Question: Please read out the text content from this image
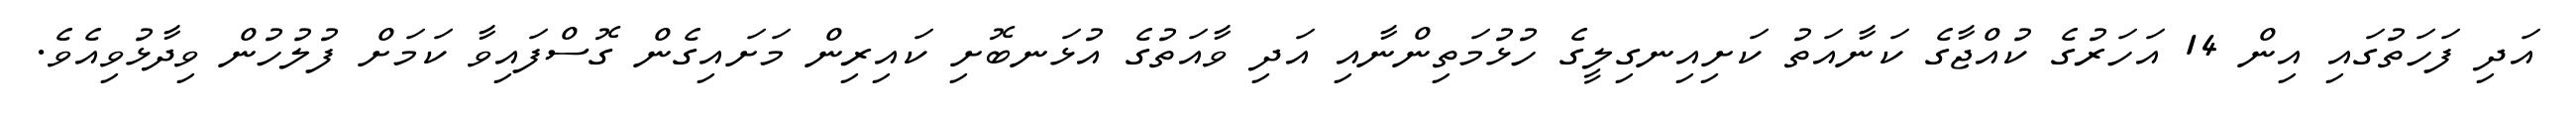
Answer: އަދި ފަހަތުގައި އިން 14 އަހަރުގެ ކުއްޖާގެ ކަނާއަތު ކަށިއިނގިލީގެ ހުޅުމަތިންނާއި އަދި ވާއަތުގެ އުޅަނބޮށި ކައިރިން މަށައިގެން ގޮސްފައިވާ ކަމަށް ފުލުހުން ވިދާޅުވިއެވެ.